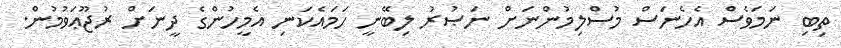
ތިބި ނަމަވެސް އެހެނަސް މުސްލިމުންނަށް ނަޞުރު ލިބޭނީ ހަމައެކަނި އެމީހުންގެ ދީނަށް ރުޖޫޢަވުމުން.